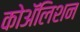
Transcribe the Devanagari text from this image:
कोॲलिशन